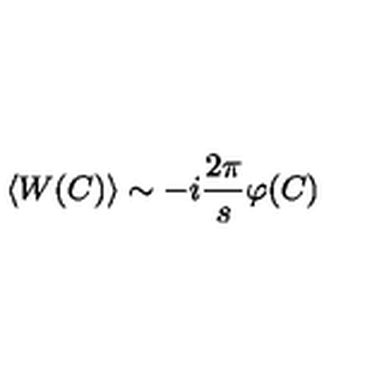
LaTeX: \langle W ( C ) \rangle \sim - i \frac { 2 \pi } { s } \varphi ( C )